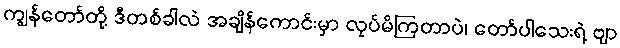
ကျွန်တော်တို့ ဒီတစ်ခါလဲ အချိန်ကောင်းမှာ လုပ်မိကြတာပဲ၊ တော်ပါသေးရဲ့ ဗျာ